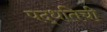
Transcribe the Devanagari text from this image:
पद्धतिची